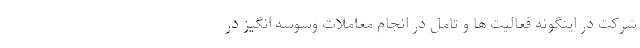
شرکت در اینگونه فعالیت ها و تامل در انجام معاملات وسوسه‌ انگیز در